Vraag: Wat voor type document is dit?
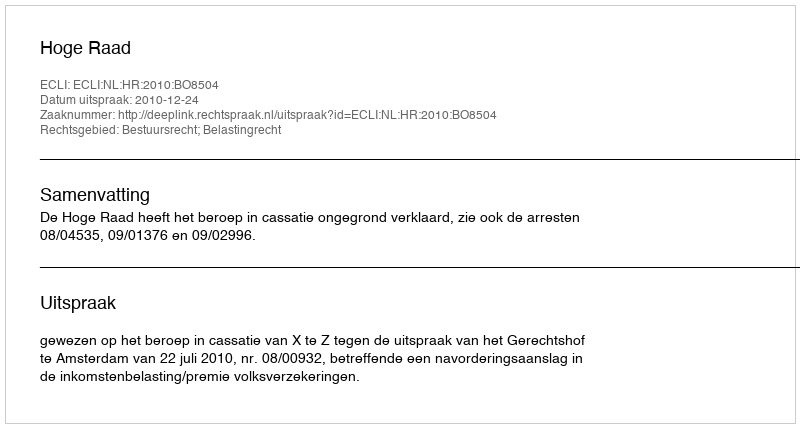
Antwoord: Uitspraak